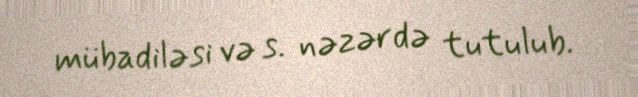
mübadiləsi və s. nəzərdə tutulub.